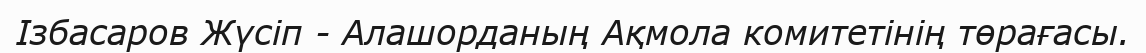
Ізбасаров Жүсіп - Алашорданың Ақмола комитетінің төрағасы.